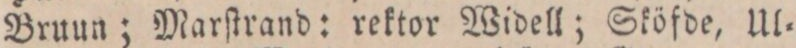
Bruun; Marſtrand: rektor Widell; Sköfde, Ul=